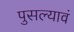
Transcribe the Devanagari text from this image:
पुसल्यावं